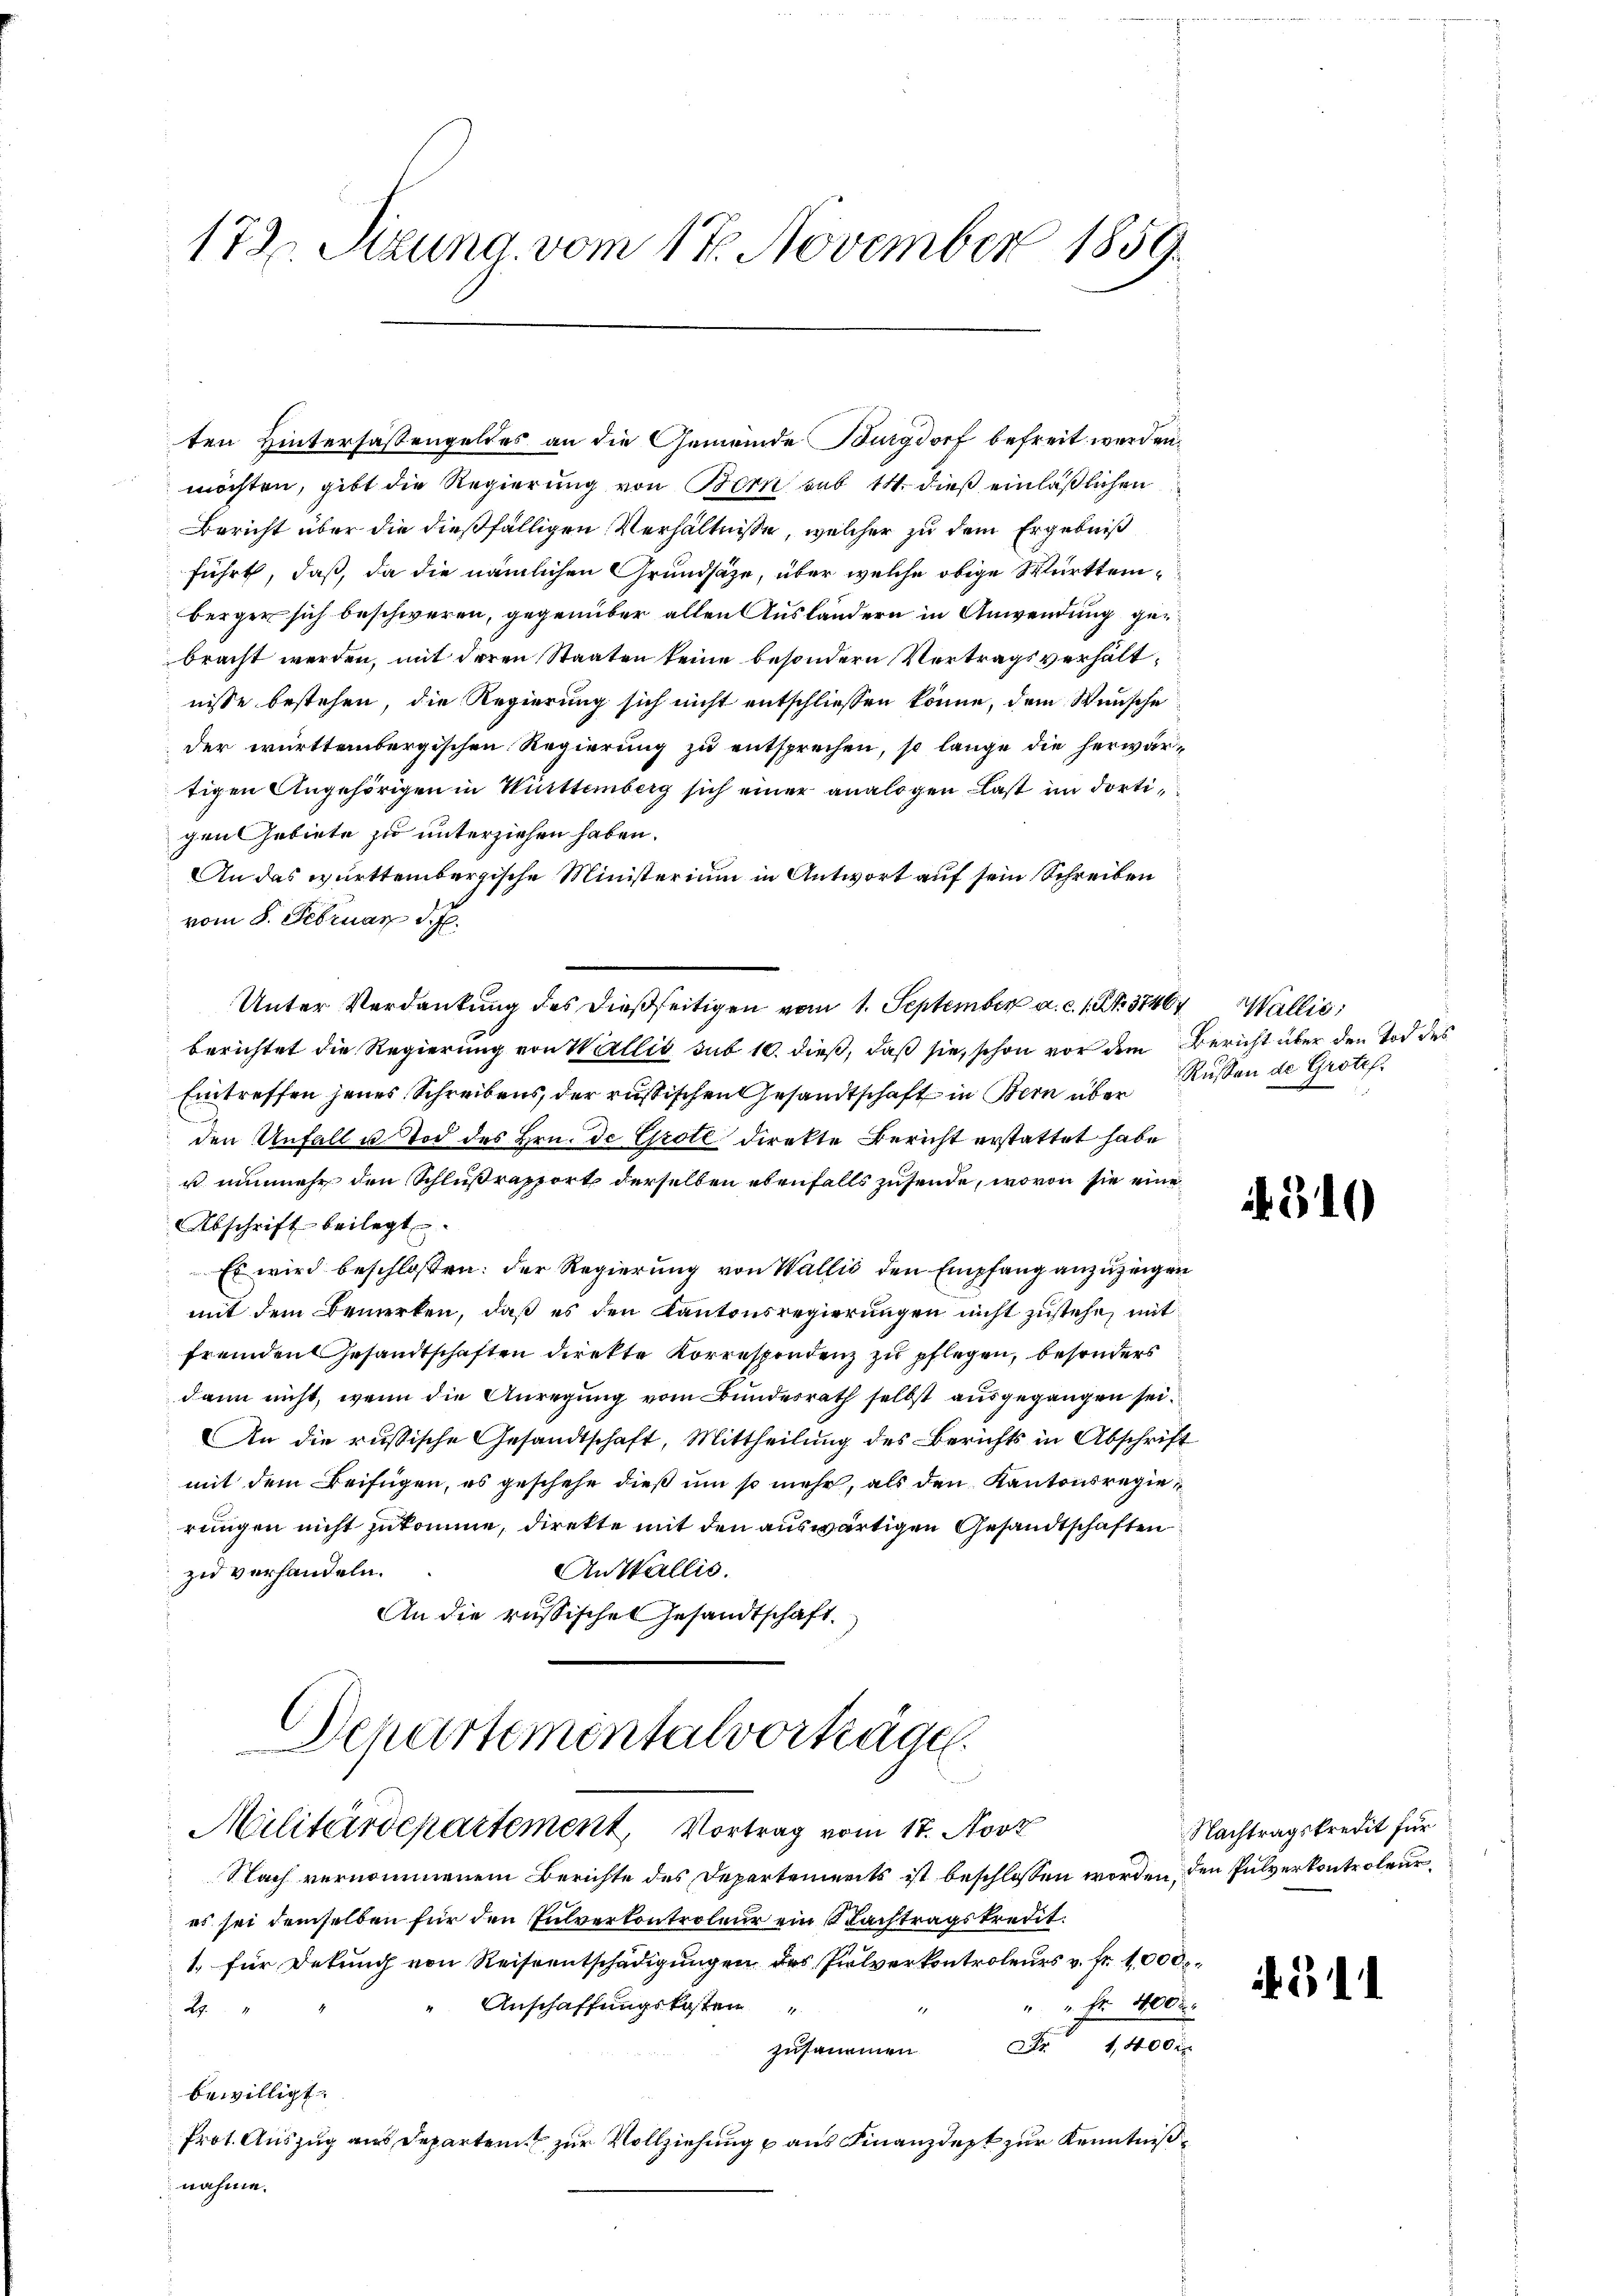
172. Sizung vom 17. November 1859.

möchten, gibt die Regierung von Bern sub 14. dieß einläßlichen
Bericht über die dießfälligen Verhältnisse, welcher zu dem Ergebniß
führt, daß, da die nämlichen Grundsätze, über welche obige Württemberger sich beschweren, gegenüber alten Ausländern in Anwendung gebracht werden, mit deren Staaten keine besondern Vertragsverhältnisse bestehen, die Regierung sich nicht entschliessen könne, dem Wunsche
der württembergischen Regierung zu entsprechen, so lange die herwärtigen Angehörigen in Württemberg sich einer analogen Last im dortigen Gebiete zu unterziehen haben.
An das württembergische Ministerium in Antwort auf sein Schreiben
vom 8. Februar d. J.
Unter Verdankung des dießseitigen vom 1. September a. c. 1 S. 37464 Wallis,
berichtet die Regierung von Wallis sub 10. dieß, daß sie, schon vor dem Bericht über den Tod des
Eintreffen jenes Schreibens, der russischen Gesandtschaft in Bern über
den Unfall u. Tod des Hrn. de Grote direkte Bericht erstattet habe
u nunmehr den Schlußraport derselben ebenfalls zusende, wovon sie eine
Abschrift beilegt.
Es wird beschlossen: der Regierung von Wallis den Empfang anzuzeigen
mit dem Bemerken, daß es den Kantonsregierungen nicht zustehe, mit
fremden Gesandtschaften direkte Korrespondenz zu pflegen, besonders
dann nicht, wenn die Anregung vom Bundesrath selbst ausgegangen sei.
An die russische Gesandtschaft, Mittheilung des Berichts in Abschrift
mit dem Beifügen, es geschehe dieß um so mehr, als den Kantonsregierungen nicht zukomme, direkte mit den auswärtigen Gesandtschaften
zu verhandeln.
An Wallis.
An die russischen Gesandtschaft.
Departementalvorträge.
Militärdepartement, Vortrag vom 17. Novb
Nach vernommenem Berichte des Departements ist beschlossen worden den Pulverkontroleures sei demselben für den Pulverkontroleur ein Nachtragskredit.
1. für Dekung von Reiseentschädigungen des Pulverkontroleurs v. fr. 1000.
 Anschaffungskosten
" " Fr. 100
1
27
zusammen 1400
bewilligt.
Prot. Auszug aus Departen zur Vollziehung u aus Finanzdept zur Kenntniß
nahme.

ten Hintersassengeldes an die Gemeinde Burgdorf befreit werden.

Russen de Grotes.

310

Nachtragskredit für
511